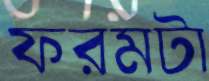
ফরমটা